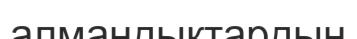
алмандықтардың